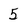
Character: 5